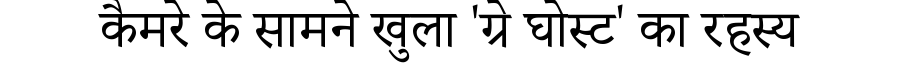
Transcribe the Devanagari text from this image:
कैमरे के सामने खुला 'ग्रे घोस्ट' का रहस्य